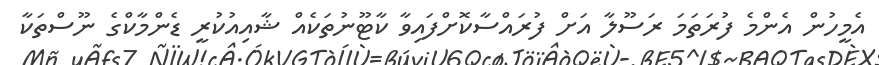
އެމީހުން އެންމެ ފުރަތަމަ ރަސޫލާ އަށް ފުރައްސާކޮށްފައިވާ ކާޓޫނުތަކެއް ޝާއިއުކުރީ ޑެންމާކްގެ ނޫސްތަކާ